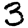
Digit: 3